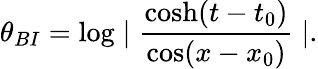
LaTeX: \theta_{BI}=\log\mid\frac{\cosh(t-t_{0})}{\cos(x-x_{0})}\mid.